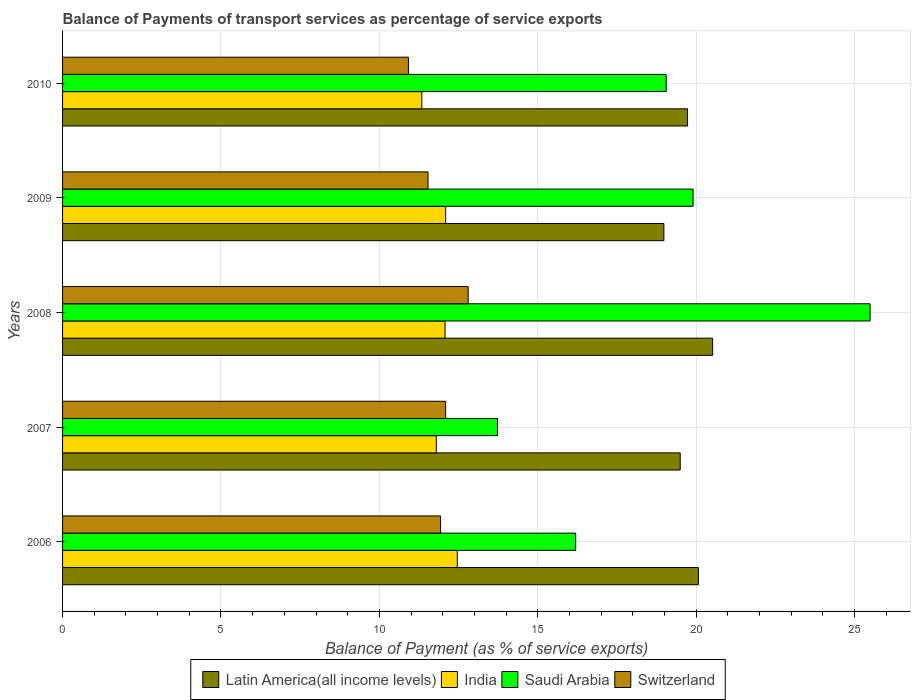
| Years | Latin America(all income levels) | India | Saudi Arabia | Switzerland |
 | --- | --- | --- | --- | --- |
 | 2006 | 20.1 | 12.5 | 16.2 | 11.9 |
 | 2007 | 19.5 | 11.8 | 13.7 | 12.1 |
 | 2008 | 20.5 | 12.1 | 25.5 | 12.8 |
 | 2009 | 19 | 12.1 | 19.9 | 11.5 |
 | 2010 | 19.7 | 11.3 | 19.1 | 10.9 |